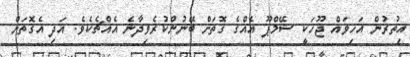
އިތުރުން އަހިވައް ޖޫހަކީ ޝޭމްޕޫ އެއްގެ ގޮތަށް ބޭނުންކުރެވިދާނެ އެއްޗެކެވެ. އަދި އެގޮތަށް